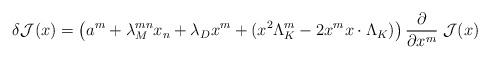
LaTeX: \begin{align*}\delta {\cal J} (x) = \left (a^m + \lambda_M^{mn} x_n + \lambda_D x^m +(x^2\Lambda_K^m - 2x^m x\cdot \Lambda_K)\right ) {\partial \over \partial x^m} \; {\cal J}(x)\end{align*}